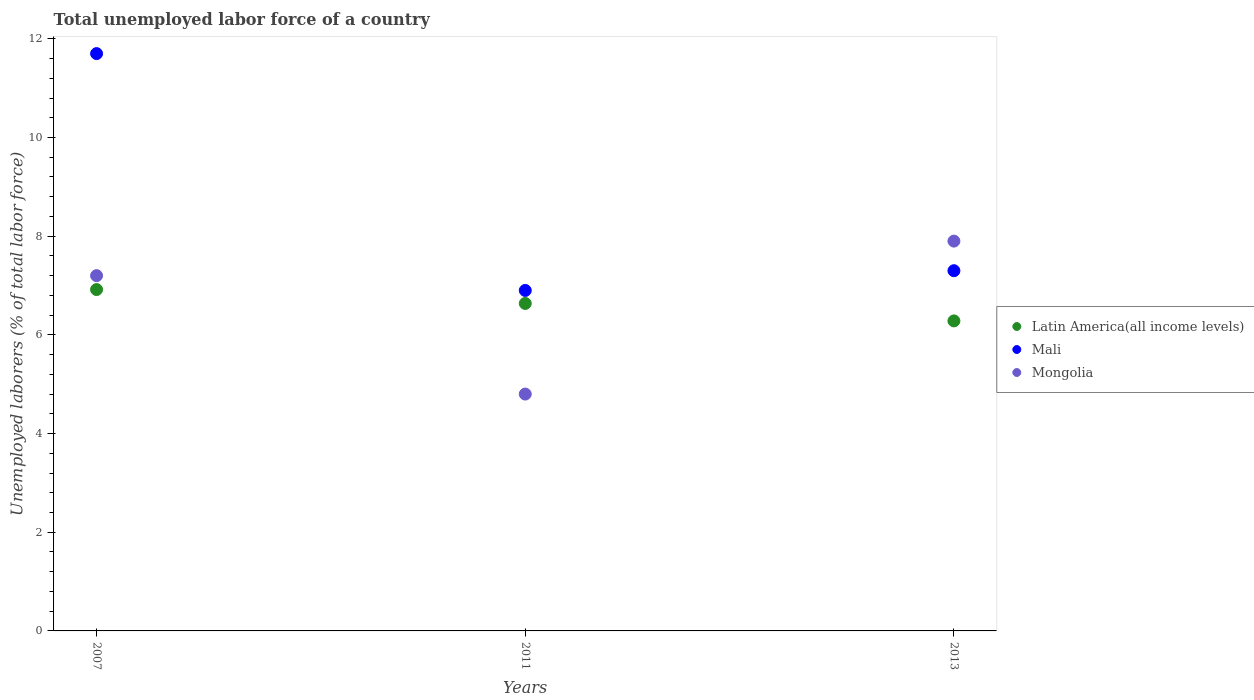
| Years | Latin America(all income levels) | Mali | Mongolia |
 | --- | --- | --- | --- |
 | 2007 | 6.92 | 11.7 | 7.2 |
 | 2011 | 6.64 | 6.9 | 4.8 |
 | 2013 | 6.28 | 7.3 | 7.9 |